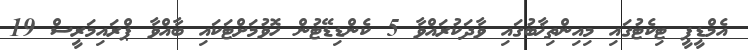
އެމްޑީޕީ ޓިކެޓުގައި މިއިންތިޚާބުގައި ވާދަކުރައްވާ 5 ކެންޑިޑޭޓުން ހޮވުމަށްޓަކައި ބާއްވާ ޕްރައިމަރީސް 19